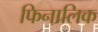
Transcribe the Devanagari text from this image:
फिनालिक